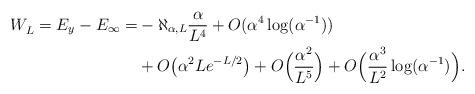
LaTeX: \begin{align*}W_L^{} = E_y -E_{\infty}=& -\aleph_{\alpha,L} \frac{\alpha}{L^4}+ O(\alpha^4 \log(\alpha^{-1})) \\&+ O\big( \alpha^2 L e^{-L/2}\big) + O \Big( \frac{\alpha^2}{L^5}\Big) + O\Big( \frac{\alpha^3}{L^2}\log(\alpha^{-1})\Big).\end{align*}